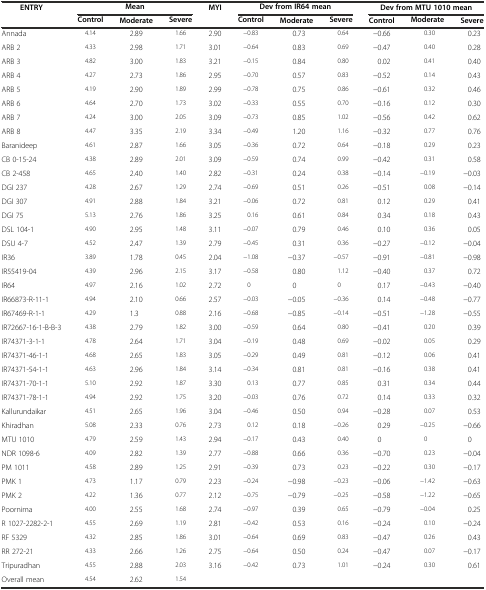
<table><thead><tr><td rowspan="2"><b>ENTRY</b></td><td colspan="3"><b>Mean</b></td><td><b>MYI</b></td><td colspan="3"><b>Dev from IR64 mean</b></td><td colspan="3"><b>Dev from MTU 1010 mean</b></td></tr><tr><td><b>Control</b></td><td><b>Moderate</b></td><td><b>Severe</b></td><td></td><td><b>Control</b></td><td><b>Moderate</b></td><td><b>Severe</b></td><td><b>Control</b></td><td><b>Moderate</b></td><td><b>Severe</b></td></tr></thead><tbody><tr><td>Annada</td><td>4.14</td><td>2.89</td><td>1.66</td><td>2.90</td><td>−0.83</td><td>0.73</td><td>0.64</td><td>−0.66</td><td>0.30</td><td>0.23</td></tr><tr><td>ARB 2</td><td>4.33</td><td>2.98</td><td>1.71</td><td>3.01</td><td>−0.64</td><td>0.83</td><td>0.69</td><td>−0.47</td><td>0.40</td><td>0.28</td></tr><tr><td>ARB 3</td><td>4.82</td><td>3.00</td><td>1.83</td><td>3.21</td><td>−0.15</td><td>0.84</td><td>0.80</td><td>0.02</td><td>0.41</td><td>0.40</td></tr><tr><td>ARB 4</td><td>4.27</td><td>2.73</td><td>1.86</td><td>2.95</td><td>−0.70</td><td>0.57</td><td>0.83</td><td>−0.52</td><td>0.14</td><td>0.43</td></tr><tr><td>ARB 5</td><td>4.19</td><td>2.90</td><td>1.89</td><td>2.99</td><td>−0.78</td><td>0.75</td><td>0.86</td><td>−0.61</td><td>0.32</td><td>0.46</td></tr><tr><td>ARB 6</td><td>4.64</td><td>2.70</td><td>1.73</td><td>3.02</td><td>−0.33</td><td>0.55</td><td>0.70</td><td>−0.16</td><td>0.12</td><td>0.30</td></tr><tr><td>ARB 7</td><td>4.24</td><td>3.00</td><td>2.05</td><td>3.09</td><td>−0.73</td><td>0.85</td><td>1.02</td><td>−0.56</td><td>0.42</td><td>0.62</td></tr><tr><td>ARB 8</td><td>4.47</td><td>3.35</td><td>2.19</td><td>3.34</td><td>−0.49</td><td>1.20</td><td>1.16</td><td>−0.32</td><td>0.77</td><td>0.76</td></tr><tr><td>Baranideep</td><td>4.61</td><td>2.87</td><td>1.66</td><td>3.05</td><td>−0.36</td><td>0.72</td><td>0.64</td><td>−0.18</td><td>0.29</td><td>0.23</td></tr><tr><td>CB 0-15-24</td><td>4.38</td><td>2.89</td><td>2.01</td><td>3.09</td><td>−0.59</td><td>0.74</td><td>0.99</td><td>−0.42</td><td>0.31</td><td>0.58</td></tr><tr><td>CB 2-458</td><td>4.65</td><td>2.40</td><td>1.40</td><td>2.82</td><td>−0.31</td><td>0.24</td><td>0.38</td><td>−0.14</td><td>−0.19</td><td>−0.03</td></tr><tr><td>DGI 237</td><td>4.28</td><td>2.67</td><td>1.29</td><td>2.74</td><td>−0.69</td><td>0.51</td><td>0.26</td><td>−0.51</td><td>0.08</td><td>−0.14</td></tr><tr><td>DGI 307</td><td>4.91</td><td>2.88</td><td>1.84</td><td>3.21</td><td>−0.06</td><td>0.72</td><td>0.81</td><td>0.12</td><td>0.29</td><td>0.41</td></tr><tr><td>DGI 75</td><td>5.13</td><td>2.76</td><td>1.86</td><td>3.25</td><td>0.16</td><td>0.61</td><td>0.84</td><td>0.34</td><td>0.18</td><td>0.43</td></tr><tr><td>DSL 104-1</td><td>4.90</td><td>2.95</td><td>1.48</td><td>3.11</td><td>−0.07</td><td>0.79</td><td>0.46</td><td>0.10</td><td>0.36</td><td>0.05</td></tr><tr><td>DSU 4-7</td><td>4.52</td><td>2.47</td><td>1.39</td><td>2.79</td><td>−0.45</td><td>0.31</td><td>0.36</td><td>−0.27</td><td>−0.12</td><td>−0.04</td></tr><tr><td>IR36</td><td>3.89</td><td>1.78</td><td>0.45</td><td>2.04</td><td>−1.08</td><td>−0.37</td><td>−0.57</td><td>−0.91</td><td>−0.81</td><td>−0.98</td></tr><tr><td>IR55419-04</td><td>4.39</td><td>2.96</td><td>2.15</td><td>3.17</td><td>−0.58</td><td>0.80</td><td>1.12</td><td>−0.40</td><td>0.37</td><td>0.72</td></tr><tr><td>IR64</td><td>4.97</td><td>2.16</td><td>1.02</td><td>2.72</td><td>0</td><td>0</td><td>0</td><td>0.17</td><td>−0.43</td><td>−0.40</td></tr><tr><td>IR66873-R-11-1</td><td>4.94</td><td>2.10</td><td>0.66</td><td>2.57</td><td>−0.03</td><td>−0.05</td><td>−0.36</td><td>0.14</td><td>−0.48</td><td>−0.77</td></tr><tr><td>IR67469-R-1-1</td><td>4.29</td><td>1.3</td><td>0.88</td><td>2.16</td><td>−0.68</td><td>−0.85</td><td>−0.14</td><td>−0.51</td><td>−1.28</td><td>−0.55</td></tr><tr><td>IR72667-16-1-B-B-3</td><td>4.38</td><td>2.79</td><td>1.82</td><td>3.00</td><td>−0.59</td><td>0.64</td><td>0.80</td><td>−0.41</td><td>0.20</td><td>0.39</td></tr><tr><td>IR74371-3-1-1</td><td>4.78</td><td>2.64</td><td>1.71</td><td>3.04</td><td>−0.19</td><td>0.48</td><td>0.69</td><td>−0.02</td><td>0.05</td><td>0.29</td></tr><tr><td>IR74371-46-1-1</td><td>4.68</td><td>2.65</td><td>1.83</td><td>3.05</td><td>−0.29</td><td>0.49</td><td>0.81</td><td>−0.12</td><td>0.06</td><td>0.41</td></tr><tr><td>IR74371-54-1-1</td><td>4.63</td><td>2.96</td><td>1.84</td><td>3.14</td><td>−0.34</td><td>0.81</td><td>0.81</td><td>−0.16</td><td>0.38</td><td>0.41</td></tr><tr><td>IR74371-70-1-1</td><td>5.10</td><td>2.92</td><td>1.87</td><td>3.30</td><td>0.13</td><td>0.77</td><td>0.85</td><td>0.31</td><td>0.34</td><td>0.44</td></tr><tr><td>IR74371-78-1-1</td><td>4.94</td><td>2.92</td><td>1.75</td><td>3.20</td><td>−0.03</td><td>0.76</td><td>0.72</td><td>0.14</td><td>0.33</td><td>0.32</td></tr><tr><td>Kallurundaikar</td><td>4.51</td><td>2.65</td><td>1.96</td><td>3.04</td><td>−0.46</td><td>0.50</td><td>0.94</td><td>−0.28</td><td>0.07</td><td>0.53</td></tr><tr><td>Khiradhan</td><td>5.08</td><td>2.33</td><td>0.76</td><td>2.73</td><td>0.12</td><td>0.18</td><td>−0.26</td><td>0.29</td><td>−0.25</td><td>−0.66</td></tr><tr><td>MTU 1010</td><td>4.79</td><td>2.59</td><td>1.43</td><td>2.94</td><td>−0.17</td><td>0.43</td><td>0.40</td><td>0</td><td>0</td><td>0</td></tr><tr><td>NDR 1098-6</td><td>4.09</td><td>2.82</td><td>1.39</td><td>2.77</td><td>−0.88</td><td>0.66</td><td>0.36</td><td>−0.70</td><td>0.23</td><td>−0.04</td></tr><tr><td>PM 1011</td><td>4.58</td><td>2.89</td><td>1.25</td><td>2.91</td><td>−0.39</td><td>0.73</td><td>0.23</td><td>−0.22</td><td>0.30</td><td>−0.17</td></tr><tr><td>PMK 1</td><td>4.73</td><td>1.17</td><td>0.79</td><td>2.23</td><td>−0.24</td><td>−0.98</td><td>−0.23</td><td>−0.06</td><td>−1.42</td><td>−0.63</td></tr><tr><td>PMK 2</td><td>4.22</td><td>1.36</td><td>0.77</td><td>2.12</td><td>−0.75</td><td>−0.79</td><td>−0.25</td><td>−0.58</td><td>−1.22</td><td>−0.65</td></tr><tr><td>Poornima</td><td>4.00</td><td>2.55</td><td>1.68</td><td>2.74</td><td>−0.97</td><td>0.39</td><td>0.65</td><td>−0.79</td><td>−0.04</td><td>0.25</td></tr><tr><td>R 1027-2282-2-1</td><td>4.55</td><td>2.69</td><td>1.19</td><td>2.81</td><td>−0.42</td><td>0.53</td><td>0.16</td><td>−0.24</td><td>0.10</td><td>−0.24</td></tr><tr><td>RF 5329</td><td>4.32</td><td>2.85</td><td>1.86</td><td>3.01</td><td>−0.64</td><td>0.69</td><td>0.83</td><td>−0.47</td><td>0.26</td><td>0.43</td></tr><tr><td>RR 272-21</td><td>4.33</td><td>2.66</td><td>1.26</td><td>2.75</td><td>−0.64</td><td>0.50</td><td>0.24</td><td>−0.47</td><td>0.07</td><td>−0.17</td></tr><tr><td>Tripuradhan</td><td>4.55</td><td>2.88</td><td>2.03</td><td>3.16</td><td>−0.42</td><td>0.73</td><td>1.01</td><td>−0.24</td><td>0.30</td><td>0.61</td></tr><tr><td>Overall mean</td><td>4.54</td><td>2.62</td><td>1.54</td><td></td><td></td><td></td><td></td><td></td><td></td><td></td></tr></tbody></table>